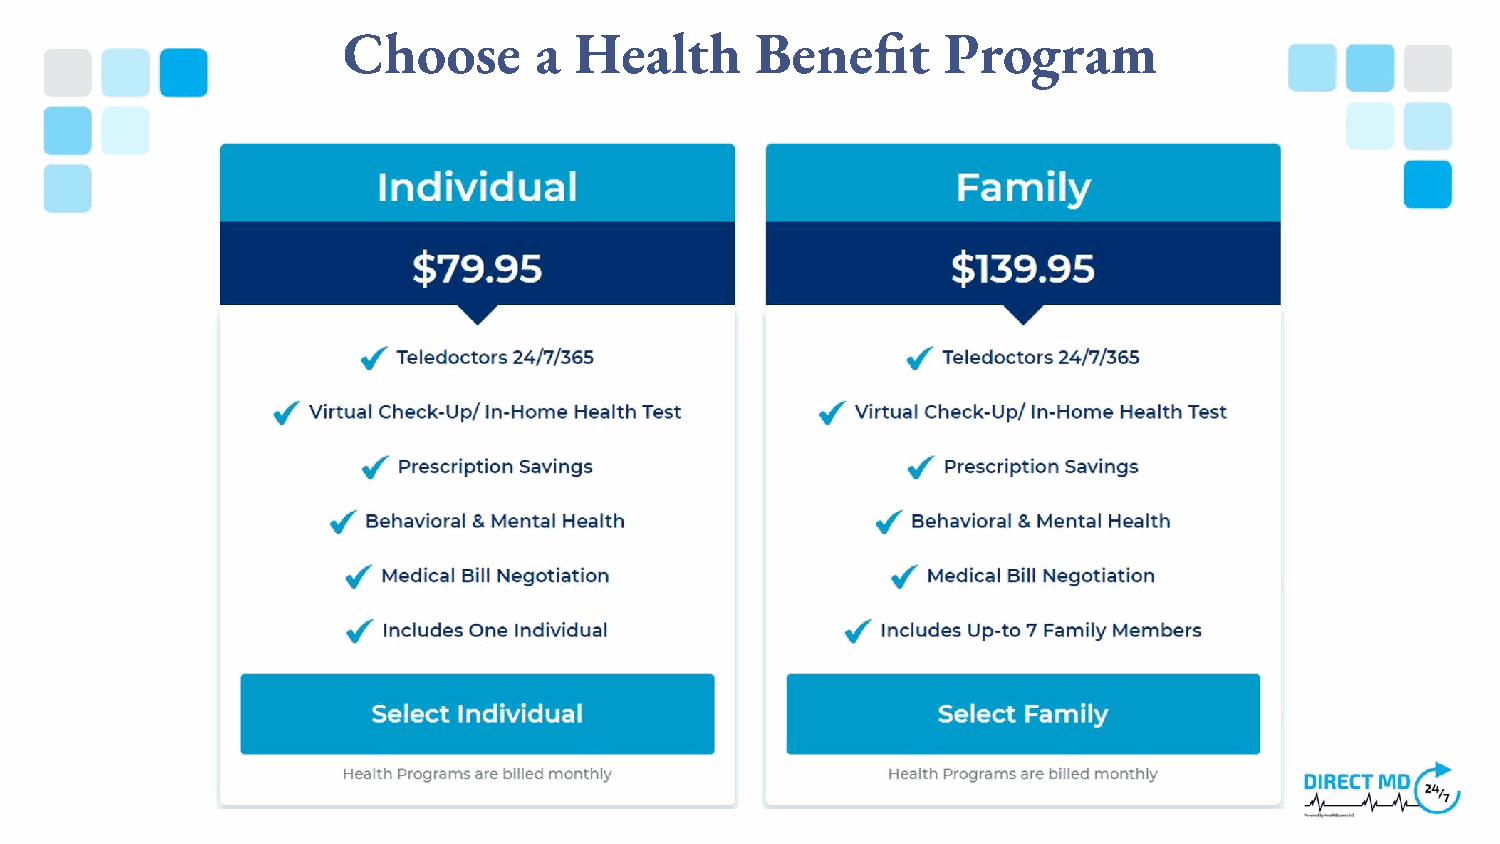
Choose      a  Health      Benefit     Program